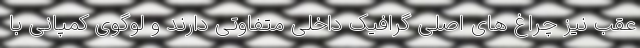
عقب نیز چراغ های اصلی گرافیک داخلی متفاوتی دارند و لوگوی کمپانی با